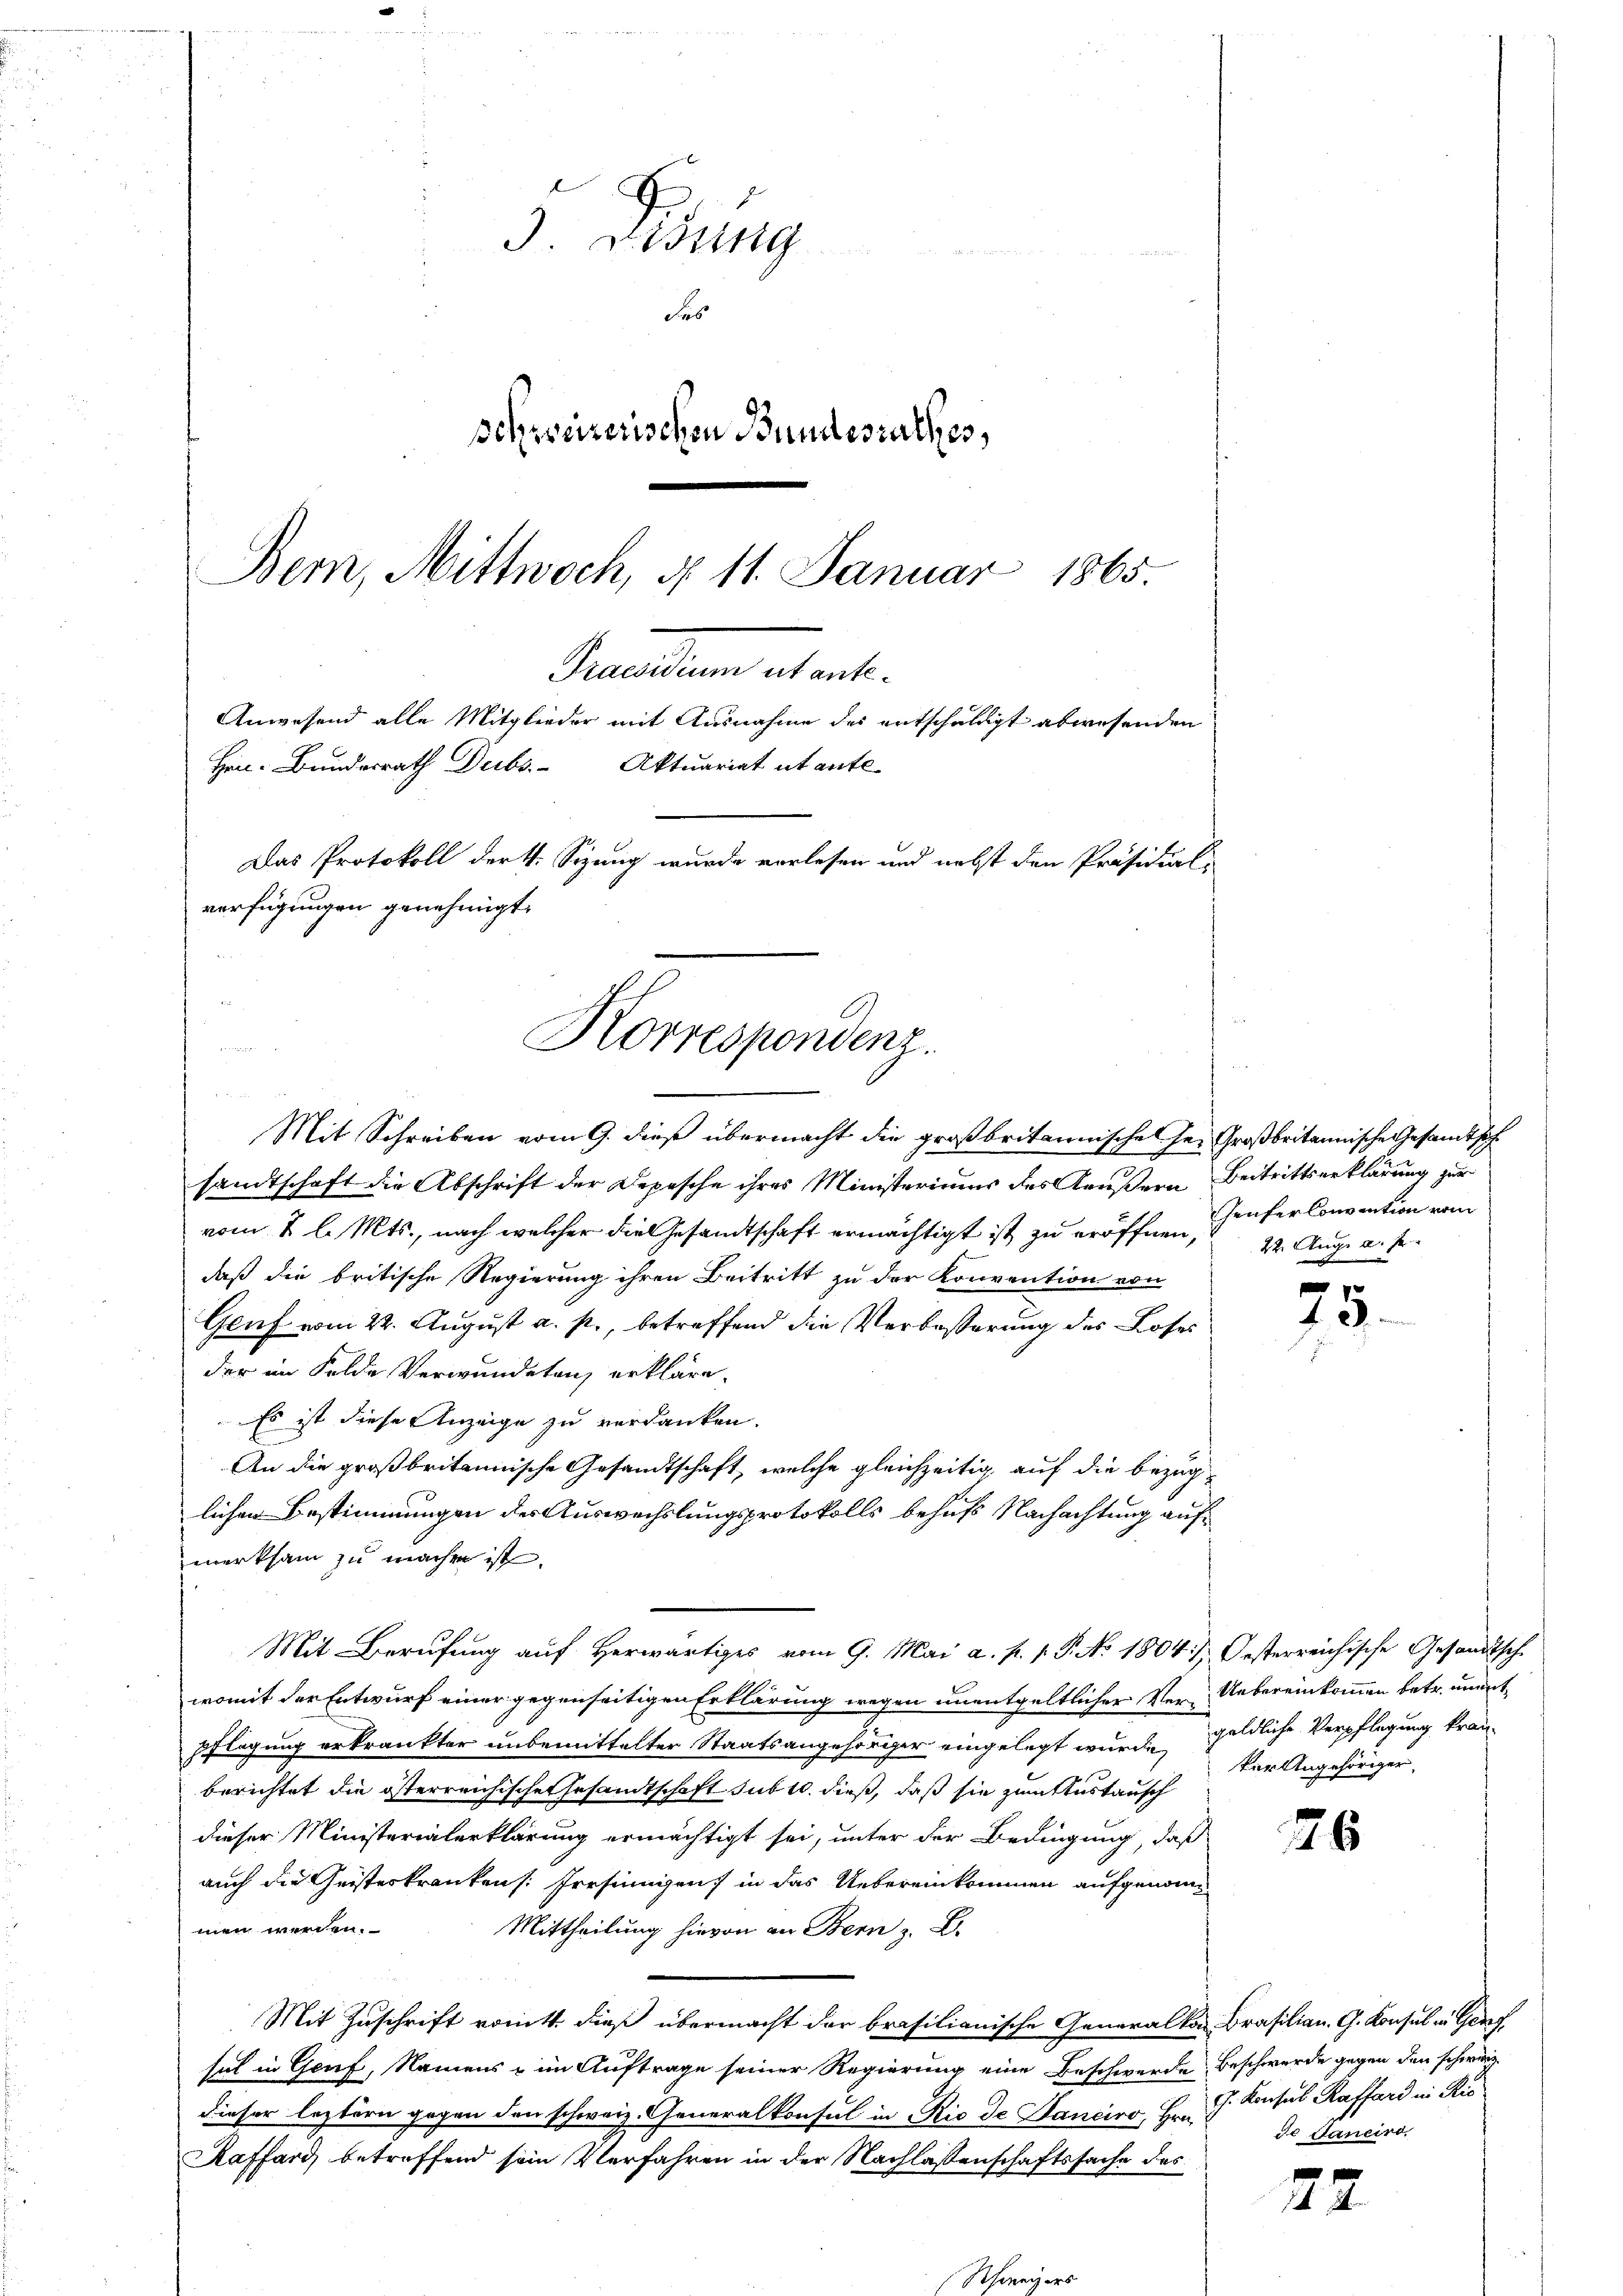
J. Bisung

2
das
schweizerischen Bundesrathes,
Bern, Mittwoch, § 11. Januar 1865.

desandten et ent¬
Anwesend alle Mitglieder mit Ausnahme der entschuldigt abwesenden
Hrn. Bundesrath Dubs Aktuariat ut ante-
Das Protokoll der 4. Sizung wurde vorlesen und nebst den Präsidial-
verfügungen genehmigt.
Korrespondenz.

Mit Schreiben vom 9. dieß übermacht die großbritannische her Großbritannische Gesandtsch
sandtschaft die Abschrift der Depesche ihres Ministeriums des Aeußern Beitrittserklärung zur
vom 2 l. Mts., nach welcher die Gesandtschaft ermächtigt ist zu eröffnen Genfer Convention vom
daß die britische Regierung ihren Beitritt zu der Konvention von
Genf vom 22. August a. p., betreffend die Verbeßerung des Loses
der im Felde Verwundeten, erkläre,
Es ist diese Anzeige zu verdanken.
An die großbritannische Gesandtschaft, welche gleichzeitig auf die Bezuglichen Bestimmungen der Auswechslungsprotokolls behufs Nachachtung auf
merksam zu machen ist.
Mit Berufung auf herwärtiges vom 9. Mai a. p. 1. P. No. 1804. / Oesterreichische Gesandtsche
womit der Entwurf einer gegenseitigen Erklärung wegen unentgeltlicher Ver-Uebereinkommen betr. unentpflegung erkränkter unbemittelter Staatsangehöriger eingelegt wurde, geldliche Verpflegung kranberichtet die österreichische Gesamtschaft sub 10 dieß, daß sie zum testausch
dieser Ministerialerklärung ermächtigt sei, unter der Bedingung, daß
auch die Geisteskranken. Irrsinnigen in das Uebereinkommen aufgenommen werden.
Mittheilung hievon an Bern z. B.
Mit Zuschrift vom tt. dieß übermacht der brasilianische Generalkon Brasilian. G. Konsul in Genf
hat in Genf, Namens u im Auftrage seiner Regierung eine Beschwerde Beschwerde gegen den schweiz.
dieser leztern gegen den schweiz. Generalkonsul in Rio de Sanciro, Hrn.
Raffard betreffend sein Verfahren in der Nachlassenschaftssache des

22. Aug. a. Je

75.

kür Angehöriger,

26

J. Konsul Raffard in Ris
de Janeiro

22